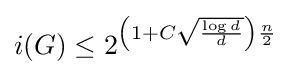
i(G)\leq 2^{\left(1+C{\sqrt {\frac {\log d}{d}}}\right){\frac {n}{2}}}